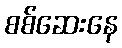
စစ်ဆေးနေ